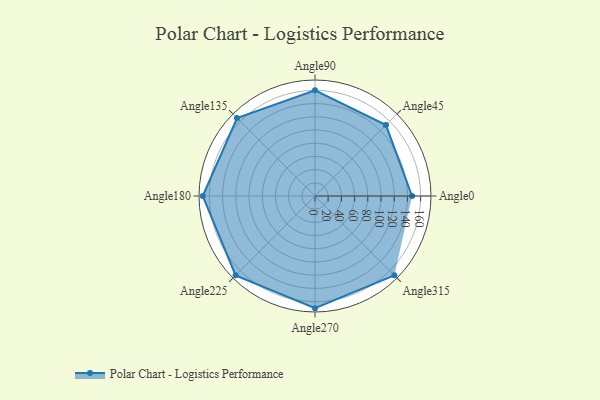
{"axis": {"x": "Angle", "y": "Radius"}, "legend": [""], "data": [{"x": "Angle0", "y": 147.0, "type": ""}, {"x": "Angle45", "y": 152.0, "type": ""}, {"x": "Angle90", "y": 160.0, "type": ""}, {"x": "Angle135", "y": 167.0, "type": ""}, {"x": "Angle180", "y": 170, "type": ""}, {"x": "Angle225", "y": 170, "type": ""}, {"x": "Angle270", "y": 170, "type": ""}, {"x": "Angle315", "y": 170, "type": ""}]}